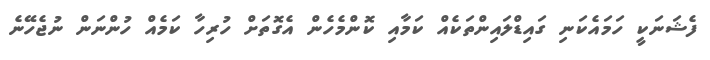
ފެޝަނަކީ ހަމައެކަނި ގައިޑްލައިންތަކެއް ކަމާއި ކޮންމެހެން އެގޮތަށް ހުރިހާ ކަމެއް ހުންނަން ނުޖެހޭނެ